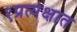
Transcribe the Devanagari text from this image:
१प्रत्येक्षात